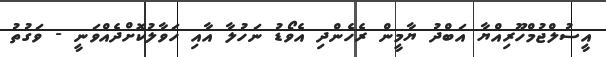
އީސުލްޖުމްހޫރިއްޔާ އަބްދު ޔާމީން ރެހެންދި އެވޯޑު ނަހުލާ އާއި ހަވާލުކޮށްދެއްވަނީ - ވަގުތު